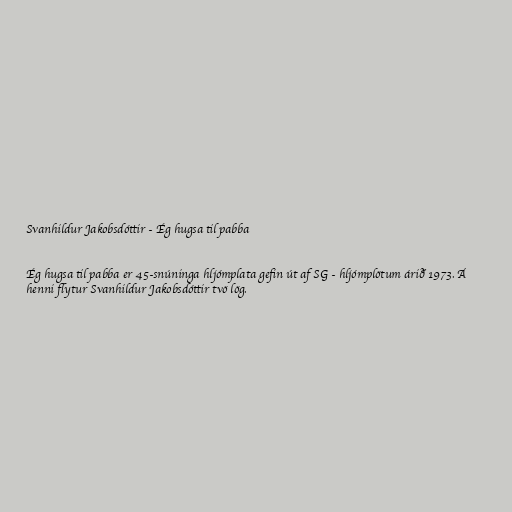
Svanhildur Jakobsdóttir - Ég hugsa til pabba

Ég hugsa til pabba er 45-snúninga hljómplata gefin út af SG - hljómplötum árið 1973. Á
henni flytur Svanhildur Jakobsdóttir tvö lög.